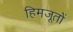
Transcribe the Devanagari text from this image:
हिमजूतों